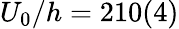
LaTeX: U_{0}/h=210(4)